Black-water fever - Number 35
Disease focus: Fever
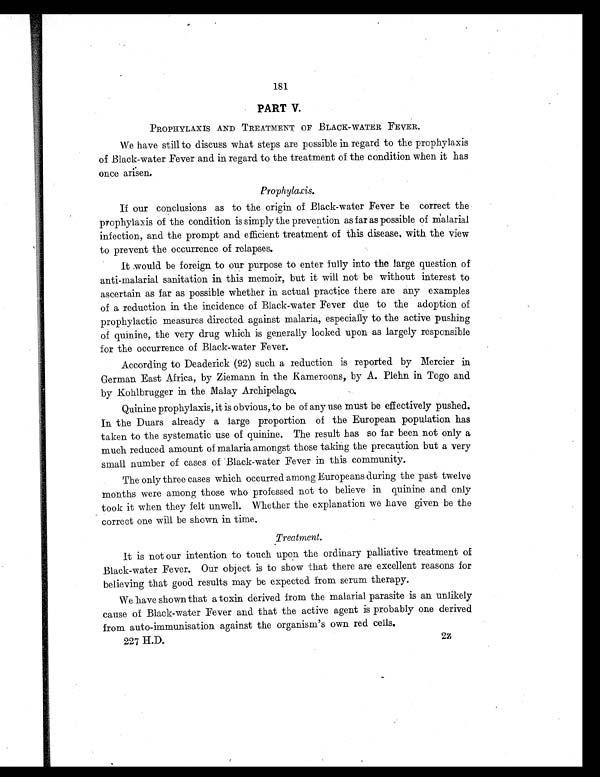
181
PART V.
PROPHYLAXIS AND TREATMENT OP BLACK-WATER FEVER.
We have still to discuss what steps are possible in regard to the prophylaxis
of Black-water Fever and in regard to the treatment of the condition when it has
once arisen.
Prophylaxis.
If our conclusions as to the origin of Black-water Fever be correct the
prophylaxis of the condition is simply the prevention as far as possible of malarial
infection, and the prompt and efficient treatment of this disease, with the view
to prevent the occurrence of relapses.
It would be foreign to our purpose to enter fully into the large question of
anti-malarial sanitation in this memoir, but it will not be without interest to
ascertain as far as possible whether in actual practice there are any examples
of a reduction in the incidence of Black-water Fever due to the adoption of
prophylactic measures directed against malaria, especially to the active pushing
of quinine, the very drug which is generally looked upon as largely responsible
for the occurrence of Black-water Fever.
According to Deaderick (92) such a reduction is reported by Mercier in
German East Africa, by Ziemann in the Kameroons, by A. Plehn in Togo and
by Kohlbrugger in the Malay Archipelago.
Quinine prophylaxis, it is obvious, to be of any use must be effectively pushed.
In the Duars already a large proportion of the European population has
taken to the systematic use of quinine. The result has so far been not only a
much reduced amount of malaria amongst those taking the precaution but a very
small number of cases of Black-water Fever in this community.
The only three cases which occurred among Europeans during the past twelve
months were among those who professed not to believe in quinine and only
took it when they felt unwell. Whether the explanation we have given be the
correct one will be shown in time.
Treatment.
It is not our intention to touch upon the ordinary palliative treatment of
Black-water Fever. Our object is to show that there are excellent reasons for
believing that good results may be expected from serum therapy.
We have shown that a toxin derived from the malarial parasite is an unlikely
cause of Black-water Fever and that the active agent is probably one derived
from auto-immunisation against the organism's own red cells.
227 H.D.
2z